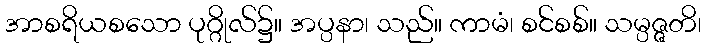
အာစရိယစသော ပုဂ္ဂိုလ်၌။ အပ္ပနာ၊ သည်။ ကာမံ၊ စင်စစ်။ သမ္ပဇ္ဇတိ၊